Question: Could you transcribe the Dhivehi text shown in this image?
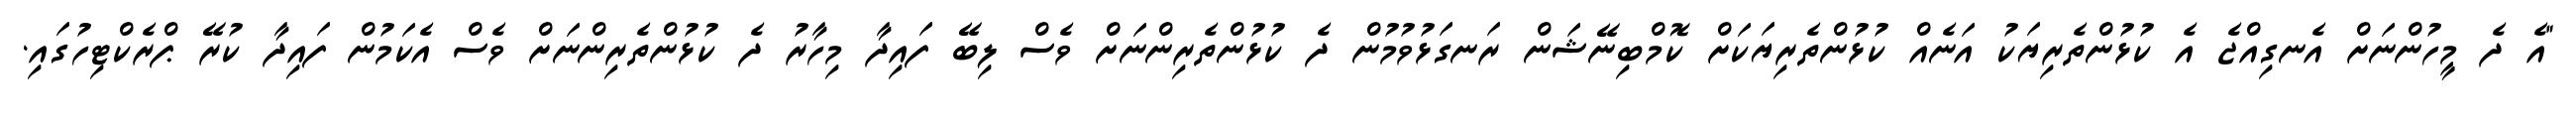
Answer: "އެ ދެ މީހުންނަށް އެނގިއްޖެ އެ ކުޅުންތެރިޔަކު އަނެއް ކުޅުންތެރިޔަކަށް ކޮމްބިނޭޝަން ރަނގަޅުވުމުން ދެ ކުޅުންތެރިންނަށް ވެސް ލިބޭ ފައިދާ މިހާރު ދެ ކުޅުންތެރިންނަށް ވެސް އެކަމުން ފައިދާ ކުރޭ ޕްރެކްޓިހުގައި.